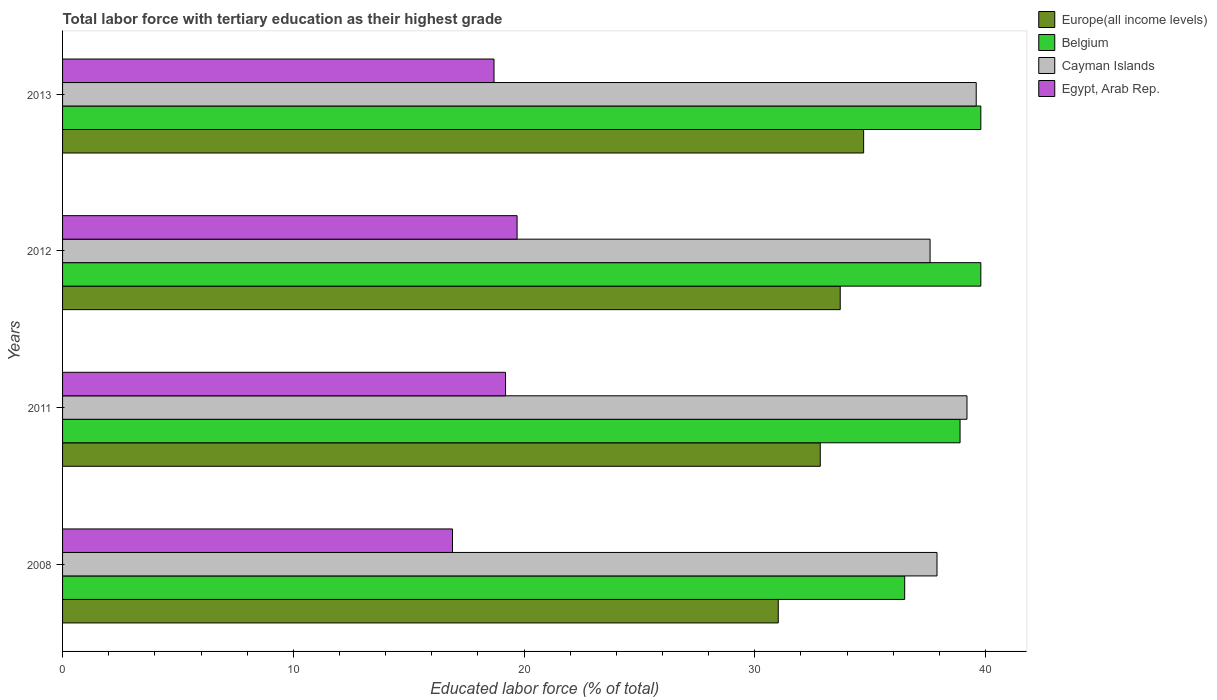
| Years | Europe(all income levels) | Belgium | Cayman Islands | Egypt, Arab Rep. |
 | --- | --- | --- | --- | --- |
 | 2008 | 31 | 36.5 | 37.9 | 16.9 |
 | 2011 | 32.8 | 38.9 | 39.2 | 19.2 |
 | 2012 | 33.7 | 39.8 | 37.6 | 19.7 |
 | 2013 | 34.7 | 39.8 | 39.6 | 18.7 |